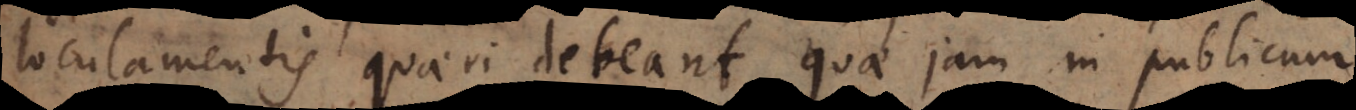
loculamentis quaeri debeant quae jam in publicum